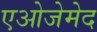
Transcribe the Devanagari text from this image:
एओजेमेद